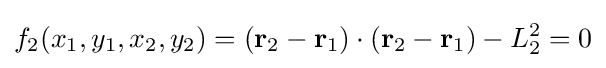
f_{2}(x_{1},y_{1},x_{2},y_{2})=(\mathbf {r} _{2}-\mathbf {r} _{1})\cdot (\mathbf {r} _{2}-\mathbf {r} _{1})-L_{2}^{2}=0